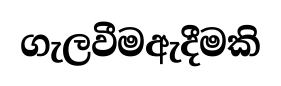
ගැලවීමඇදීමකි